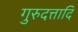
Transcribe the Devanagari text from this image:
गुरुदत्तादि